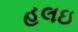
હલઇ